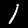
Digit: 1